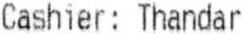
CASHIER: THANDAR